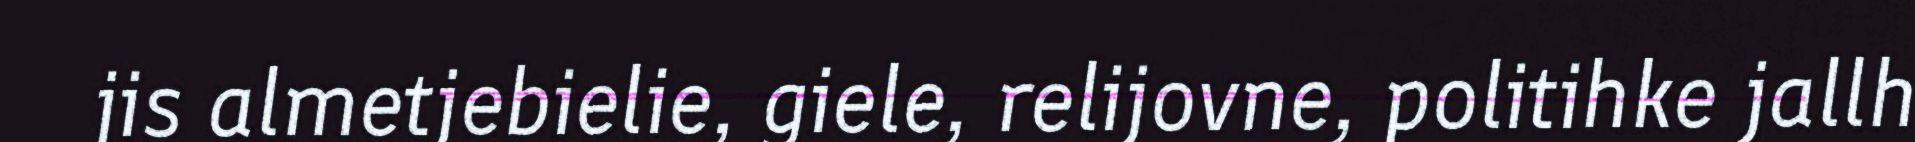
jis almetjebielie, giele, relijovne, politihke jallh